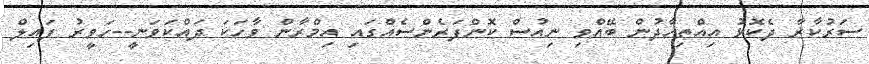
ސަރުކާރާ ދެކޮޅު އިއްތިހާދުން ބޭއްވި ނިއުސް ކޮންފަރެންސެއްގައި އިމްރާން ވާހަކަ ދައްކަވަނީ--ހަވީރު ފައިލް